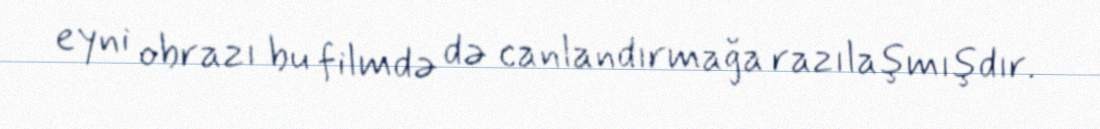
eyni obrazı bu filmdə də canlandırmağa razılaşmışdır.